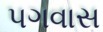
પગવાસ